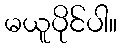
မယူပိုင်ပါ။